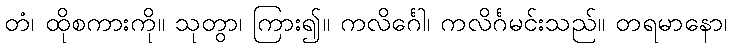
တံ၊ ထိုစကားကို။ သုတွာ၊ ကြား၍။ ကလိင်္ဂေါ၊ ကလိင်္ဂမင်းသည်။ တရမာနော၊